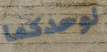
لوحدكما